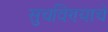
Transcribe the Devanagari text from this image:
सुचविण्याचे